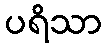
ပရိသာ